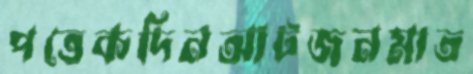
পত্তেকদিনআটজনমাত